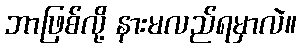
ဘာဖြစ်လို့ နားမလည်ရမှာလဲ။